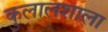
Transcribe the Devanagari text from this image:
कुलालशाला